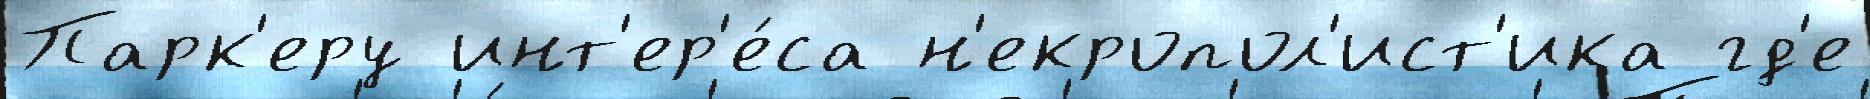
Парк'еру инт'ер'е́са н'екропол'ист'ика гд'е